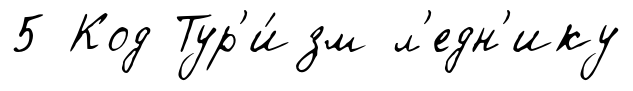
5 Код Тур'и́зм л'едн'ику